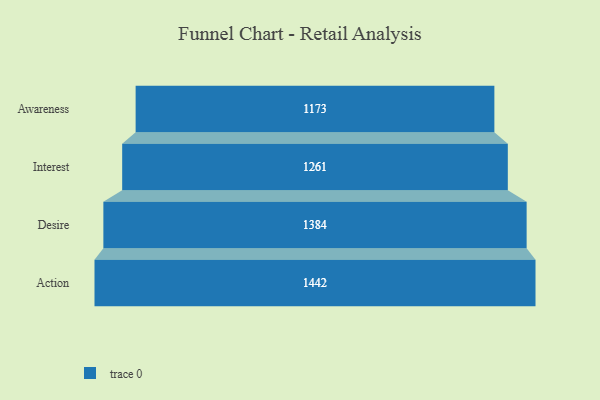
{"axis": {"x": "Stage", "y": "Value"}, "legend": [""], "data": [{"x": "Awareness", "y": 1173.0, "type": ""}, {"x": "Interest", "y": 1261.0, "type": ""}, {"x": "Desire", "y": 1384.0, "type": ""}, {"x": "Action", "y": 1442.0, "type": ""}]}